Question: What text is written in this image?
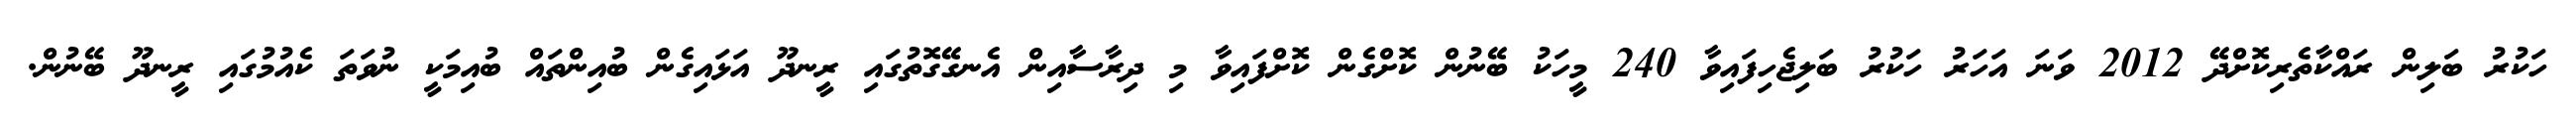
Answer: ހަކުރު ބަލިން ރައްކާތެރިކޮށްދޭ 2012 ވަނަ އަހަރު ހަކުރު ބަލިޖެހިފައިވާ 240 މީހަކު ބޭނުން ކޮށްގެން ކޮށްފައިވާ މި ދިރާސާއިން އެނގޭގޮތުގައި ރީނދޫ އަޅައިގެން ބުއިންތައް ބުއިމަކީ ނުވަތަ ކެއުމުގައި ރީނދޫ ބޭނުން.